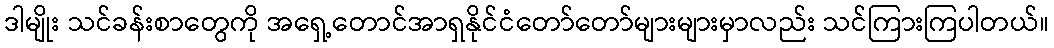
ဒါမျိုး သင်ခန်းစာတွေကို အရှေ့တောင်အာရှနိုင်ငံတော်တော်များများမှာလည်း သင်ကြားကြပါတယ်။